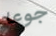
جوعا